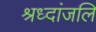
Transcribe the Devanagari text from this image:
श्रध्दांजलि